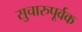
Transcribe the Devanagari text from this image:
सुचारुपूर्वक